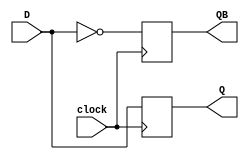
module d_flip_flop( D , clock , Q , QB );
input D, clock;
output Q, QB;
reg Q, QB;
initial

begin
	Q=1'b0;
	QB=1'b1;
end

always @ (posedge clock)
	begin
		Q=D;
		QB=~Q;
	end

endmodule